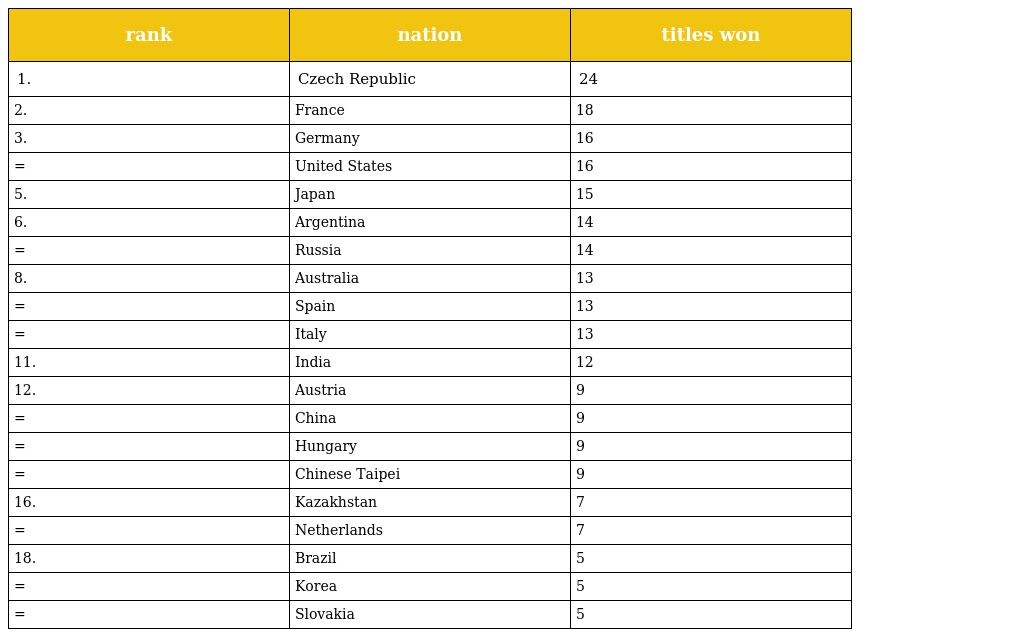
| rank | nation | titles won |
 | --- | --- | --- |
 | 1. | Czech Republic | 24 |
 | 2. | France | 18 |
 | 3. | Germany | 16 |
 | = | United States | 16 |
 | 5. | Japan | 15 |
 | 6. | Argentina | 14 |
 | = | Russia | 14 |
 | 8. | Australia | 13 |
 | = | Spain | 13 |
 | = | Italy | 13 |
 | 11. | India | 12 |
 | 12. | Austria | 9 |
 | = | China | 9 |
 | = | Hungary | 9 |
 | = | Chinese Taipei | 9 |
 | 16. | Kazakhstan | 7 |
 | = | Netherlands | 7 |
 | 18. | Brazil | 5 |
 | = | Korea | 5 |
 | = | Slovakia | 5 |